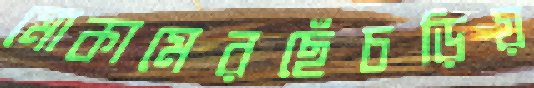
মোকামেরছেঁচড়িয়